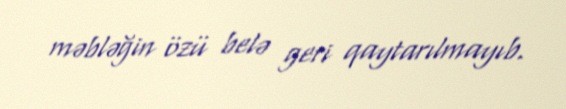
məbləğin özü belə geri qaytarılmayıb.